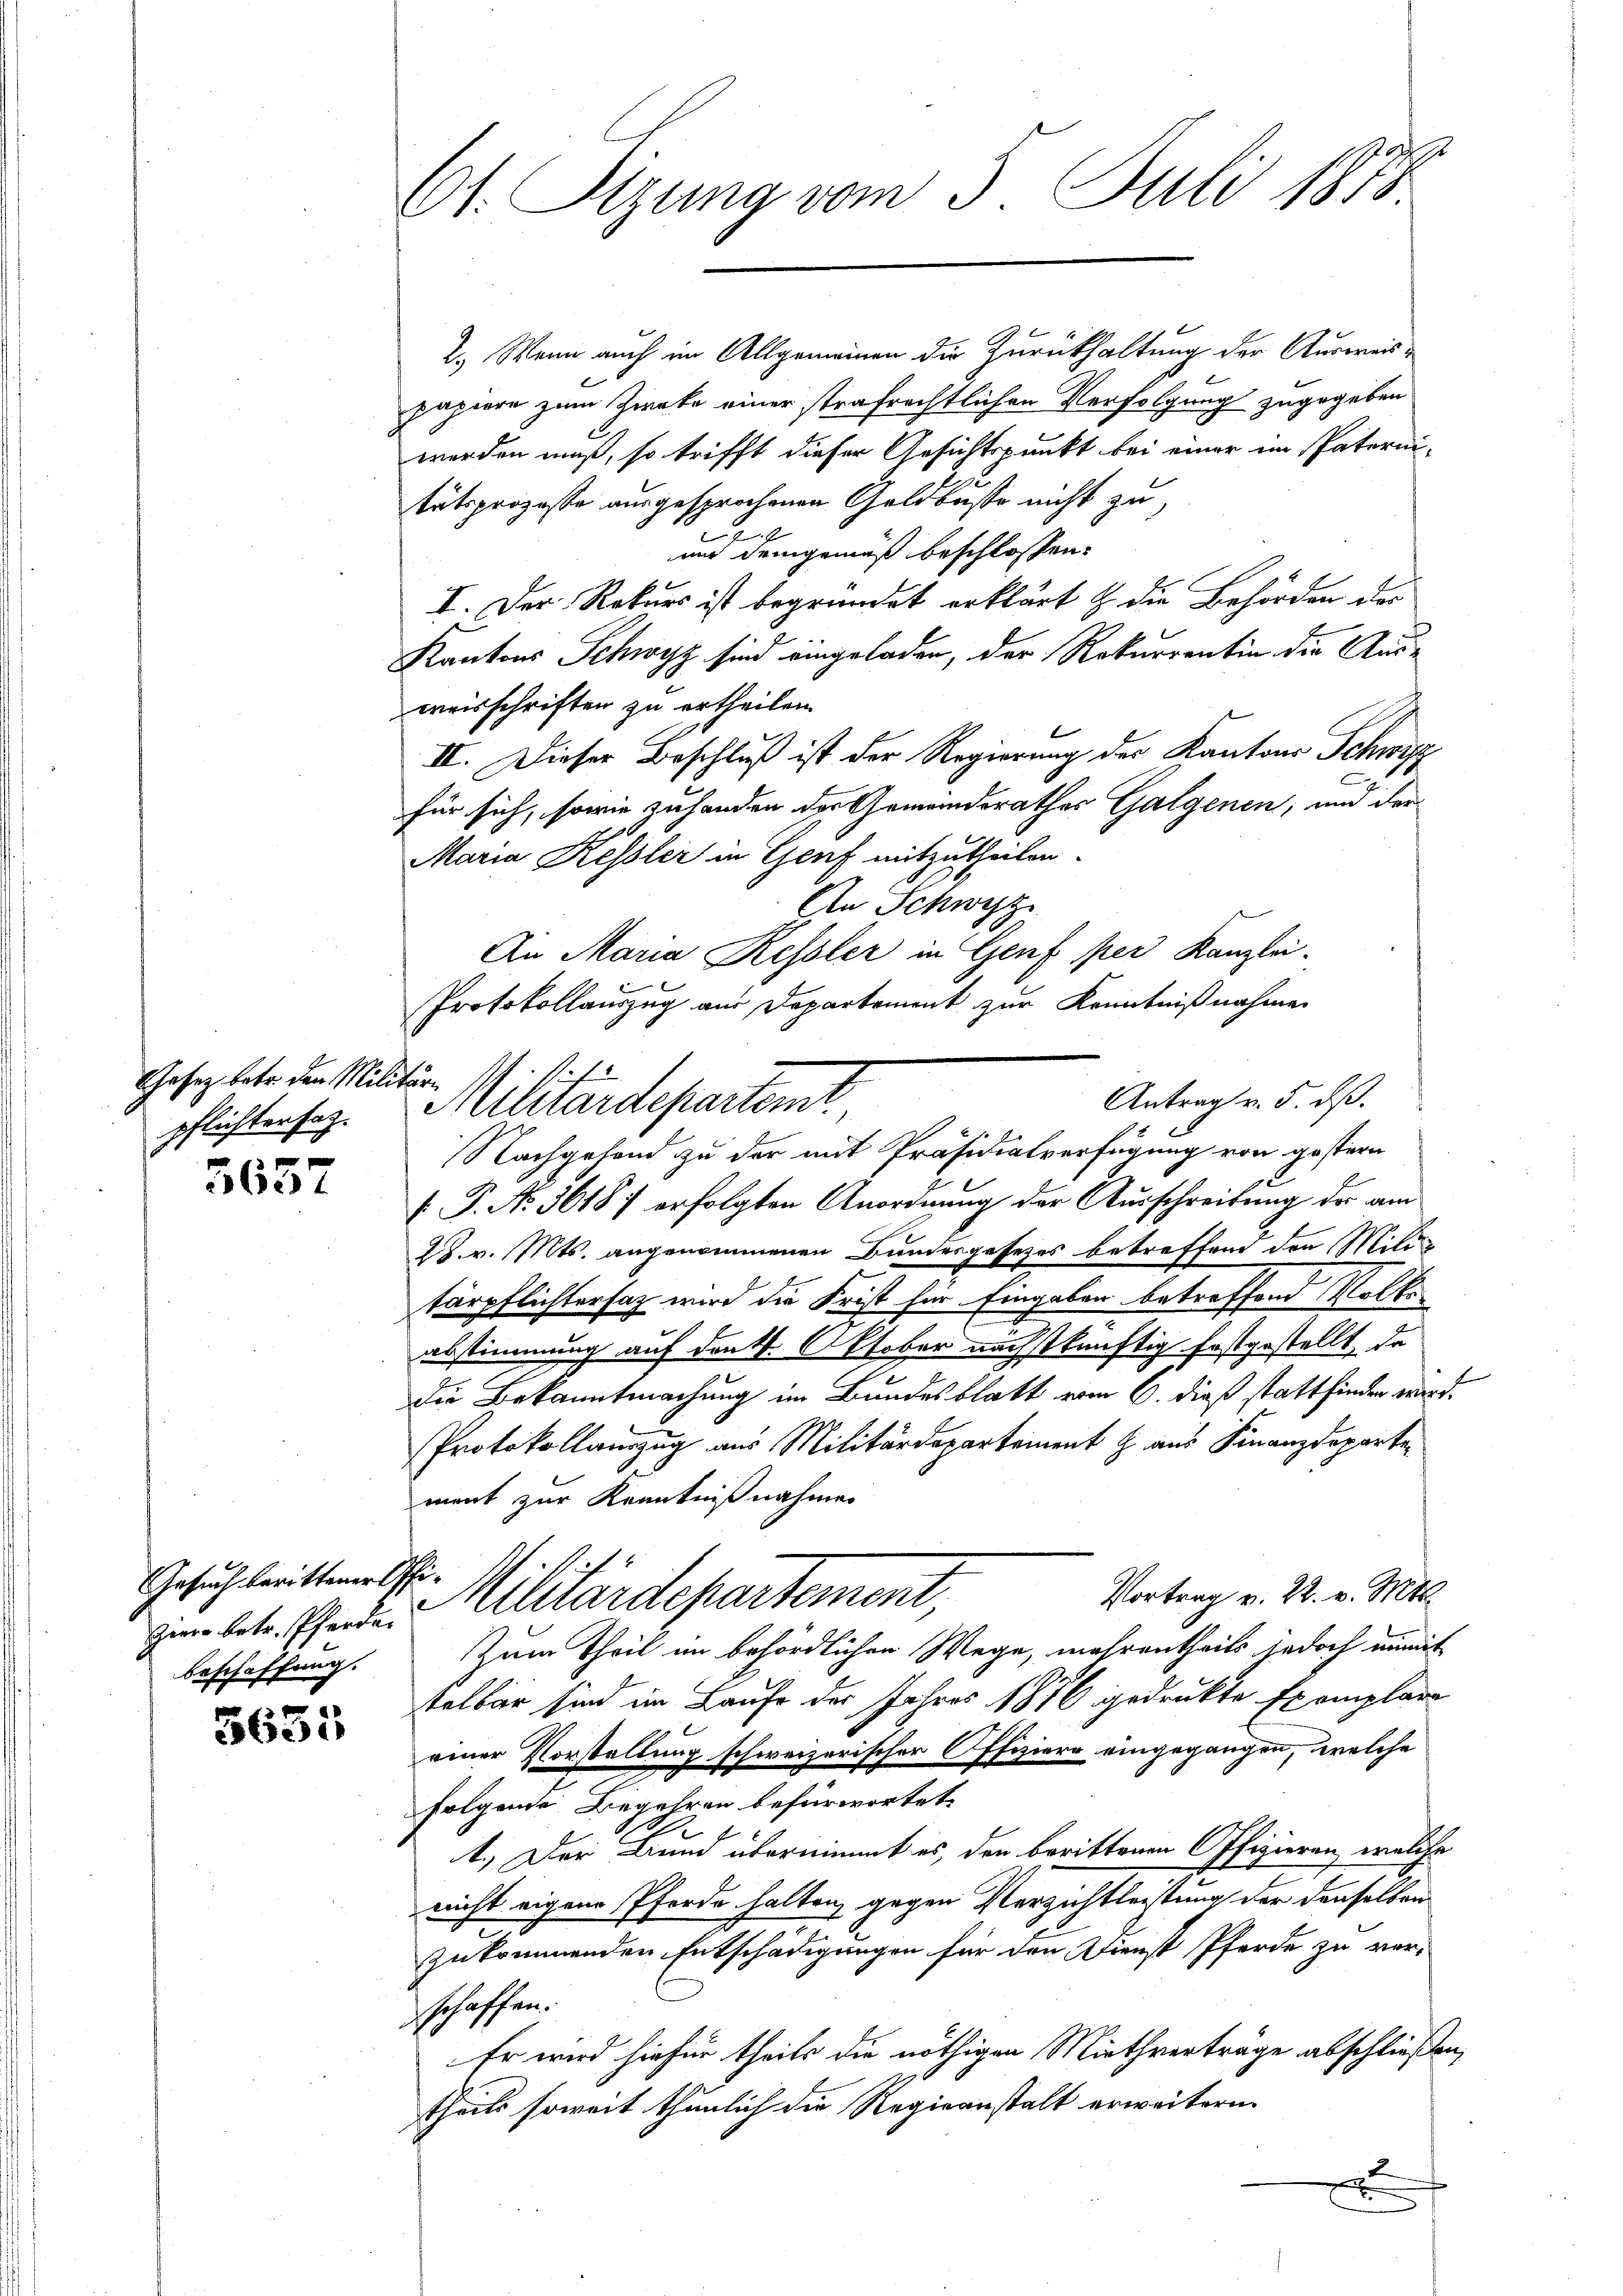
Gesetz betr. den Militär-
pflichtersatz.

3657

Gesuch berittener Offi-
beschaffung.

.
1
3600

2
61. Sizung vom 5. Juli 1873

2.) Wenn auch im Allgemeinen die Zurückhaltung der Ausweispapiere zum Zwecke einer strafrechtlichen Verfolgung zugegeben
worden muß, so trifft dieser Gesichtspunkt bei einer ein Paternitätsprozesse ausgesprochenen Geldbuße nicht zu,
und demgemäß beschlossen:
I. Der Rekurs ist begründet erklärt & die Behörden der
Kantons Schwyz sind eingeladen, der Rekurrentin die Ausweisschriften zu ertheilen.
II. Dieser Beschluß ist der Regierung der Kantons Schwip
für sich, sowie zuhanden des Gemeinderathes Galgenen, und der
Maria Kessler in Genf mitzutheilen.
An Schwyz
An Maria Kessler in Genf per Kanzlei.
Protokollauszug aus Departement zur Kenntnißnahme
Nachgehand zu der mit Präsidialverfügung von gestern
.P. No. 36187 erfolgten Anordnung der Ausschreitung der am
28. v. Mts. angenommenen Bundesgesetzes betreffend den Mili
tärpflichtersag wird die Frist für Eingaben betreffend Volke
abstimmung auf den 4. Oktober nächstkünftig festgestellt, da
die Bekanntmachung im Bundesblatt vom 6. dieß stattfinden wird.
Protokollauszug aus Militärdepartement J. aus Finanzdeparte
ment zur Kenntnißnahme
Vortrag v. 22. v. Mtt.
von betr. Eheder Militärdepartement
Zum Theil im behördlichen Wege, mehrentheils jedoch unmit
telbar sind im Laufe des Jahres 1876 gedrukte Exemplare
einer Vorstellung schweizerischer Offiziere eingegangen, welche
.
folgende Begehren befürwortet.
1.) Der Bund übernimmt es, den berittenen Offizieren, welche
nicht eigene Pferde halten, gegen Verzichtleistung der denselben
zukommenden Entschädigungen für den Dienst Pferde zu ver-
schaffen.
Er wird hiefür theils die nöthigen Miethverträge abschließen,
theils soweit thunlich die Regieanstalt erweitern.

Antrag v. 5. ds.
Militärdepartemt

A